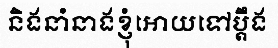
និងនាំនាងខ្ញុំអោយទៅប្តឹង